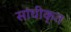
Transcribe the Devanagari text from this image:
सांघीकृत